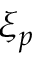
\xi _ { p }